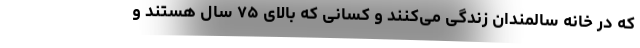
که در خانه سالمندان زندگی می‌کنند و کسانی که بالای ۷۵ سال هستند و